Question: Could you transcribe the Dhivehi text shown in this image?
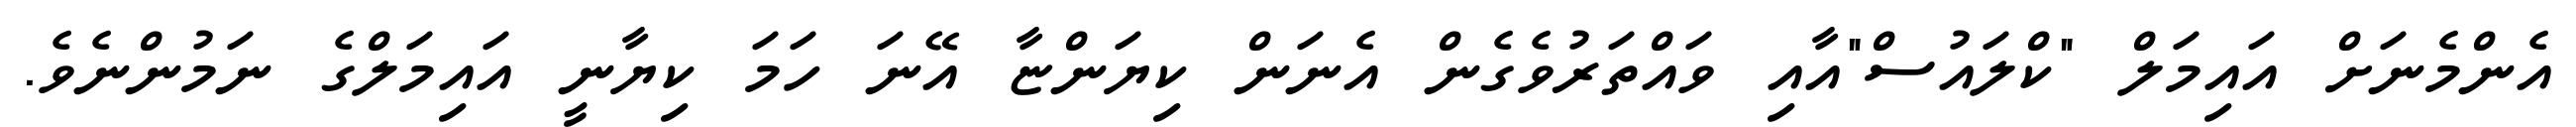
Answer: އެންމެނަށް އައިމަލް "ކްލައުސް"އާއި ވައްތަރުވެގެން އެނަން ކިޔަންޏާ އޭނަ ހަމަ ކިޔާނީ އައިމަލްގެ ނަމުންނެވެ.